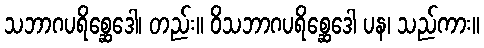
သဘာဂပရိစ္ဆေဒေါ၊ တည်း။ ဝိသဘာဂပရိစ္ဆေဒေါ ပန၊ သည်ကား။